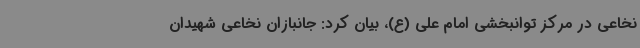
نخاعی در مرکز توانبخشی امام علی (ع)، بیان کرد: جانبازان نخاعی شهیدان